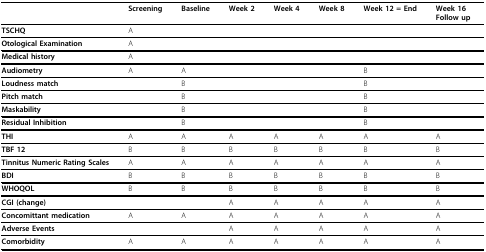
|  | Screening | Baseline | Week 2 | Week 4 | Week 8 | Week 12 = End | Week 16Follow up |
 | --- | --- | --- | --- | --- | --- | --- | --- |
 | TSCHQ | A |  |  |  |  |  |  |
 | Otological Examination | A |  |  |  |  |  |  |
 | Medical history | A |  |  |  |  |  |  |
 | Audiometry | A | A |  |  |  | B |  |
 | Loudness match |  | B |  |  |  | B |  |
 | Pitch match |  | B |  |  |  | B |  |
 | Maskability |  | B |  |  |  | B |  |
 | Residual Inhibition |  | B |  |  |  | B |  |
 | THI | A | A | A | A | A | A | A |
 | TBF 12 | B | B | B | B | B | B | B |
 | Tinnitus Numeric Rating Scales | A | A | A | A | A | A | A |
 | BDI | B | B | B | B | B | B | B |
 | WHOQOL | B | B | B | B | B | B | B |
 | CGI (change) |  |  | A | A | A | A | A |
 | Concomittant medication | A | A | A | A | A | A | A |
 | Adverse Events |  |  | A | A | A | A | A |
 | Comorbidity | A | A | A | A | A | A | A |